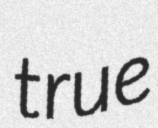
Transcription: true